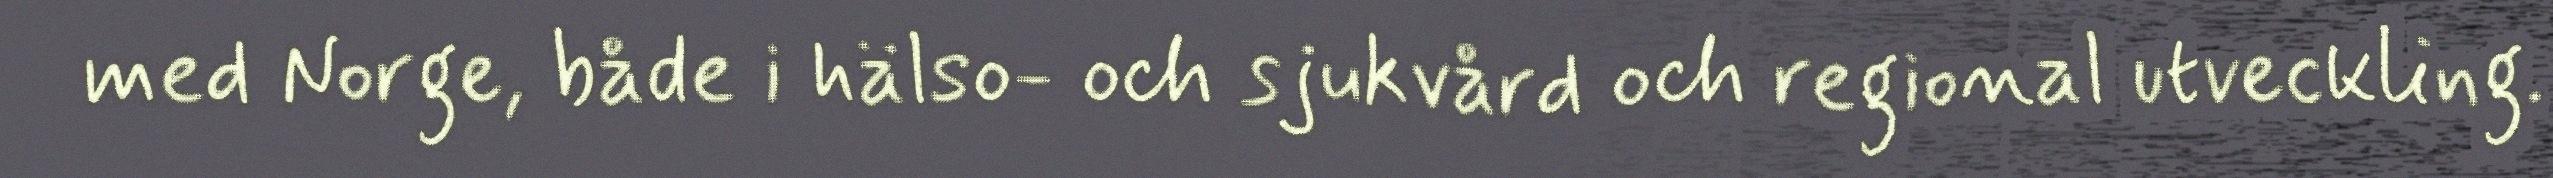
med Norge, både i hälso- och sjukvård och regional utveckling.